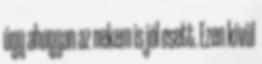
úgy ahogyan az nekem is jól esett. Ezen kívül